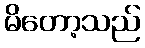
မိတော့သည်